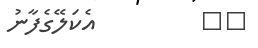
٥٩         އެކަލޭގެފާނު